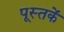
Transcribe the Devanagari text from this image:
पूस्‍तकें